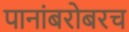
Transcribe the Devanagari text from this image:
पानांबरोबरच